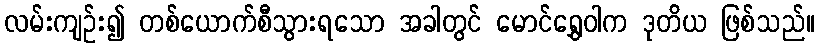
လမ်းကျဉ်း၍ တစ်ယောက်စီသွားရသော အခါတွင် မောင်ရွှေဝါက ဒုတိယ ဖြစ်သည်။